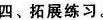
四、拓展练习。